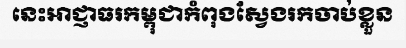
នេះអាជ្ញាធរកម្ពុជាកំពុងស្វែងរកចាប់ខ្លួន